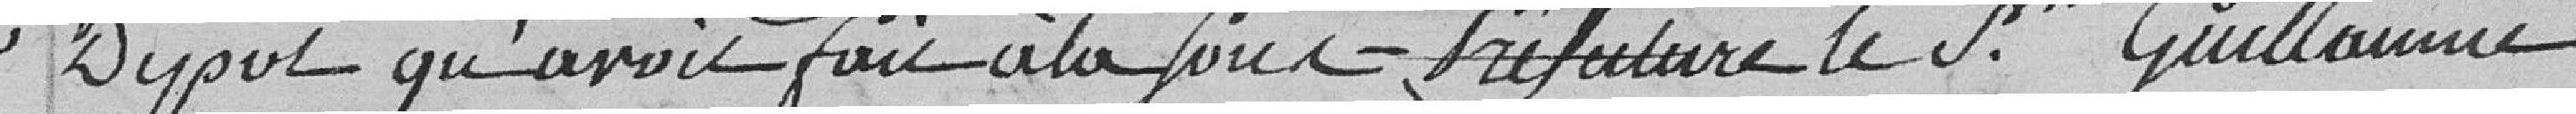
dépôt qu'avoir fait à la sous-préfecture le Sieur Guillaumé.